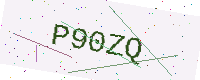
Text: P90ZQ